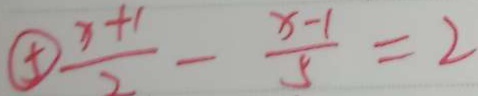
\textcircled { 5 } \frac { x + 1 } { 2 } - \frac { x - 1 } { 5 } = 2